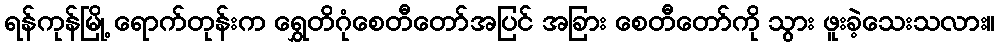
ရန်ကုန်မြို့ ရောက်တုန်းက ရွှေတိဂုံစေတီတော်အပြင် အခြား စေတီတော်ကို သွား ဖူးခဲ့သေးသလား။